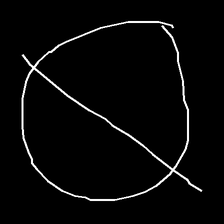
Glyph: orb